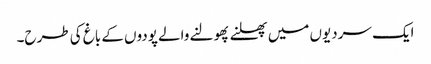
ایک سردیوں میں پھلنے پھولنے والے پودوں کے باغ کی طرح۔